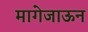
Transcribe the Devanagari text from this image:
मागेजाऊन